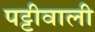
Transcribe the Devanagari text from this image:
पट्टीवाली